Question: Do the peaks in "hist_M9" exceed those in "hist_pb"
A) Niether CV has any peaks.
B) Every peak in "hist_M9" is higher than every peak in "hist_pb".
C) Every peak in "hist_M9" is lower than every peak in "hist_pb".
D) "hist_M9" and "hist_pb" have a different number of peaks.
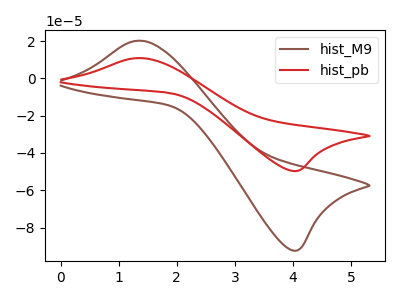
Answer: <think>The brown curve "hist_M9" has an anodic peak at (1.40V, 20.15uA) and a cathodic peak at (4.00V, -92.30uA). The red curve "hist_pb" has an anodic peak at (1.40V, 10.85uA) and a cathodic peak at (4.00V, -49.65uA).</think>
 <answer>B) Every peak in "hist_M9" is higher than every peak in "hist_pb".</answer>
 <eval>B</eval>